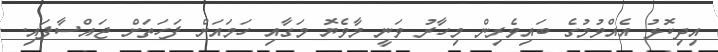
އިދިކޮޅު އެއްވުމުގެ ބައިވެރިން މިހާރު ވަނީ މާވެޔޮ މަގާއި ހަމައަށް ފަހަތަށް ޖައްސާފައި.